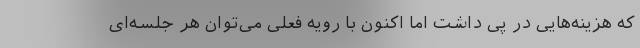
که هزینه‌هایی در پی داشت اما اکنون با رویه فعلی می‌توان هر جلسه‌ای